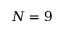
N = 9